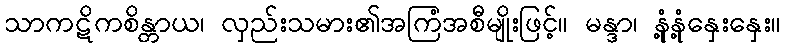
သာကဋိကစိန္တာယ၊ လှည်းသမား၏အကြံအစီမျိုးဖြင့်။ မန္ဒာ၊ နုံ့နုံ့နှေးနှေး။